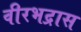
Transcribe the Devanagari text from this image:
वीरभद्रास